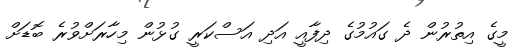
މީގެ އިތުރުން ދެ ގައުމުގެ ދިފާއީ އަދި އަސްކަރީ ގުޅުން މިހާރަށްވުރެ ބޮޑަށް